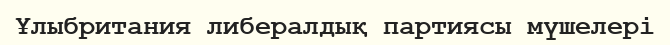
Ұлыбритания либералдық партиясы мүшелері